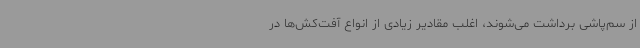
از سم‌پاشی برداشت می‌شوند، اغلب مقادیر زیادی از انواع آفت‌کش‌ها در